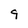
Character: 9